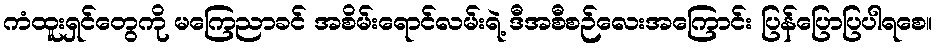
ကံထူးရှင်တွေကို မကြေညာခင် အစိမ်းရောင်လမ်းရဲ့ ဒီအစီစဉ်လေးအကြောင်း ပြန်ပြောပြပါရစေ။